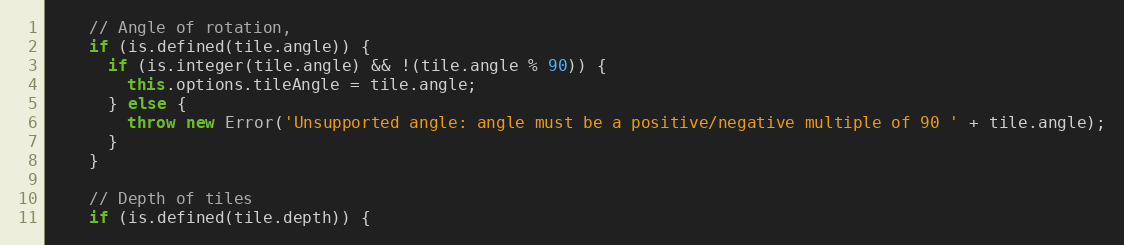
Language: JavaScript
    // Angle of rotation,
    if (is.defined(tile.angle)) {
      if (is.integer(tile.angle) && !(tile.angle % 90)) {
        this.options.tileAngle = tile.angle;
      } else {
        throw new Error('Unsupported angle: angle must be a positive/negative multiple of 90 ' + tile.angle);
      }
    }

    // Depth of tiles
    if (is.defined(tile.depth)) {